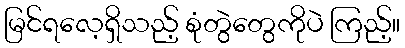
မြင်ရလေ့ရှိသည့် စုံတွဲတွေကိုပဲ ကြည့်။